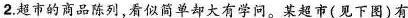
2.超市的商品陈列，看似简单却大有学问。某超市(见下图)有